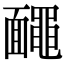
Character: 𪓱